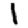
Digit: 1